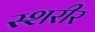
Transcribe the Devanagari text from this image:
स्शरीर